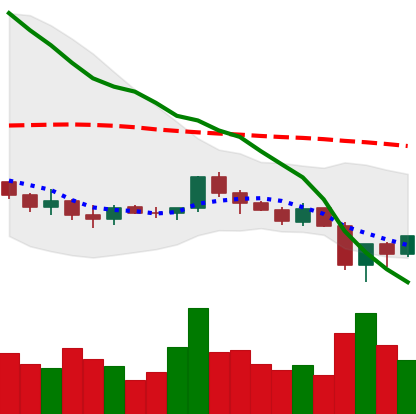
Ticker: LINK-USD
Chart end date: 2019-12-20
Forward return: -6.17%
Label: down_5_7